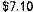
$7.10